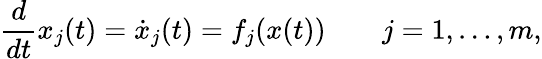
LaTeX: \frac{d}{dt}x_{j}(t)=\dot{x}_{j}(t)=f_{j}(x(t))\qquad j=1,\dotsc,m,